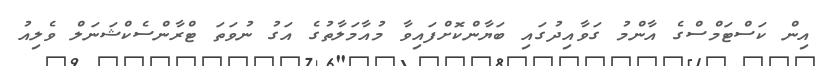
އިން ކަސްޓަމްސްގެ އާންމު ގަވާއިދުގައި ބަޔާންކޮށްފައިވާ މުއާމަލާތުގެ އަގު ނުވަތަ ޓްރާންސެކްޝަނަލް ވެލިއު